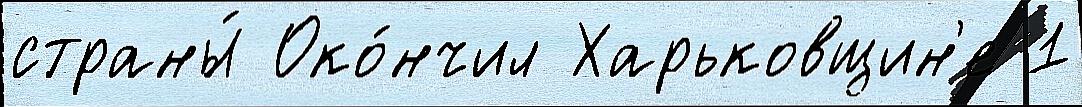
страны́ Око́нчил Харьковщин'е 1